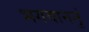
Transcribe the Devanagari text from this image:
भगवाननुं